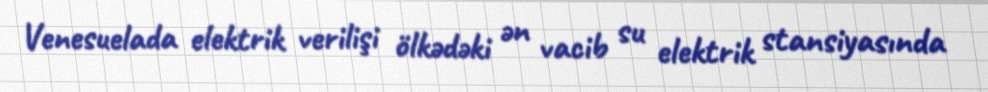
Venesuelada elektrik verilişi ölkədəki ən vacib su elektrik stansiyasında